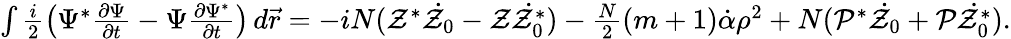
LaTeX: \begin{array}{r}{\int\frac{i}{2}\left(\Psi^{*}\frac{\partial\Psi}{\partial t}-\Psi\frac{\partial\Psi^{*}}{\partial t}\right)\, d\vec{r}=-iN(\mathcal{Z}^{*}\dot{\mathcal{Z}_{0}}-\mathcal{Z}\dot{\mathcal{Z}_{0}^{*}})-\frac{N}{2}(m+1)\dot{\mathcal{\alpha}}\rho^{2}+N(\mathcal{P}^{*}\dot{\mathcal{Z}_{0}}+\mathcal{P}\dot{\mathcal{Z}_{0}^{*}}).}\end{array}